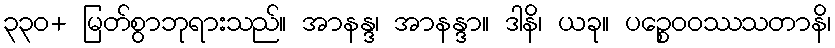
၃၃၀+ မြတ်စွာဘုရားသည်။ အာနန္ဒ၊ အာနန္ဒာ။ ဒါနိ၊ ယခု။ ပဉ္စေဝဝဿသတာနိ၊